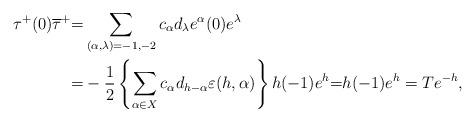
LaTeX: \begin{align*}\tau^+(0)\overline{\tau}^+&{=}\sum_{(\alpha, \lambda)=-1, -2}c_{\alpha}d_{\lambda}e^{\alpha}(0)e^{\lambda}\\&{=}-\frac{1}{2}\left\{\sum_{\alpha\in X}c_{\alpha}d_{h-\alpha}\varepsilon(h, \alpha)\right\}h(-1)e^h{=}h(-1)e^h=Te^{-h},\end{align*}